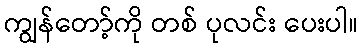
ကျွန်တော့်ကို တစ် ပုလင်း ပေးပါ။